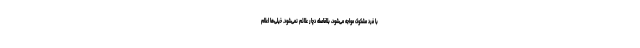
با فرد مشکوک مواجه می‌شود، بلافاصله دچار علائم نمی‌شود. خیلی‌ها اعلام